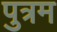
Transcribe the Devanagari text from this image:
पुत्रम